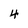
Character: 4